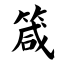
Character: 箴